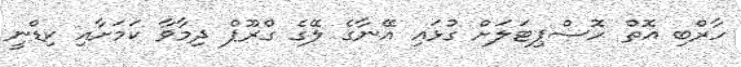
ހާރްބި އޮތް ހޮސްޕިޓަލަށް ގުޅައި އޭނާގެ ލޭގެ ގްރޫޕް ދިމާވާ ކަމަށާއި ކިޑްނީ